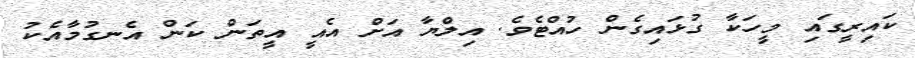
ކައިރީގައި މީހަކާ ގުޅައިގެން ހުއްޓެވެ. އިލްޔާ އަށް އެއީ އީތަން ކަން އެނގުމާއެކު